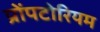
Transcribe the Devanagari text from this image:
प्रोंपटोरियम